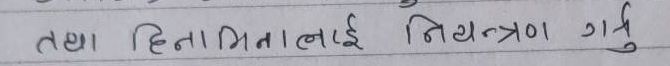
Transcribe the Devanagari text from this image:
तथा हिनामिनालाग नियंत्रण गर्नु